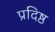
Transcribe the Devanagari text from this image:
प्रदिष्ठ